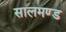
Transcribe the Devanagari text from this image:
सालमण्ड